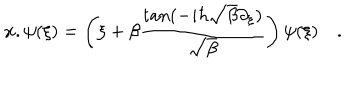
{ \bf { x } } . \psi ( { \xi } ) = \left( { \xi } + \beta \frac { \tan ( - i \hbar \sqrt { \beta } \partial _ { { \xi } } ) } { \sqrt { \beta } } \right) \psi ( { \xi } ) \quad .